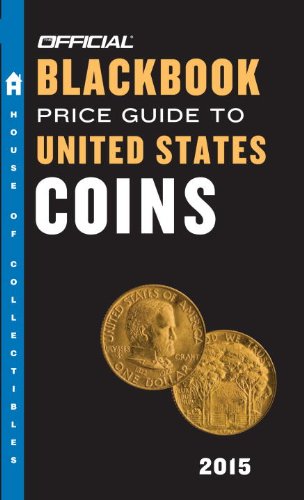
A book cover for The Official Blackbook Price Guide to United States Coins 2015, 53rd Edition; Thomas E. Hudgeons Jr.; Crafts, Hobbies & Home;